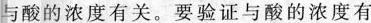
与酸的浓度有关。要验证与酸的浓度有